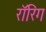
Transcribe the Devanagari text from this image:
रॉरिंग